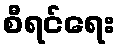
စီရင်ရေး